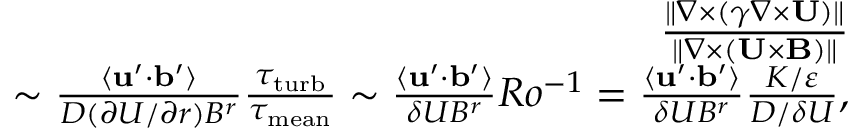
\begin{array} { r l r } & { } & { \frac { \| { \nabla \times ( \gamma \nabla \times { \bf { U } } ) } \| } { \| { \nabla \times ( { \bf { U } } \times { \bf { B } } ) } \| } } \\ & { } & { \sim \frac { \langle { { \bf { u } } ^ { \prime } \cdot { \bf { b } } ^ { \prime } } \rangle } { D ( \partial U / \partial r ) B ^ { r } } \frac { \tau _ { \mathrm { { t u r b } } } } { \tau _ { \mathrm { m e a n } } } \sim \frac { \langle { { \bf { u } } ^ { \prime } \cdot { \bf { b } } ^ { \prime } } \rangle } { \delta U B ^ { r } } R o ^ { - 1 } = \frac { \langle { { \bf { u } } ^ { \prime } \cdot { \bf { b } } ^ { \prime } } \rangle } { \delta U B ^ { r } } \frac { K / \varepsilon } { D / \delta U } , } \end{array}